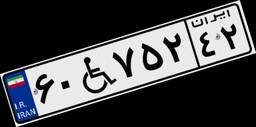
۰۹W۹۰۶۰۲